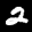
Label: 2